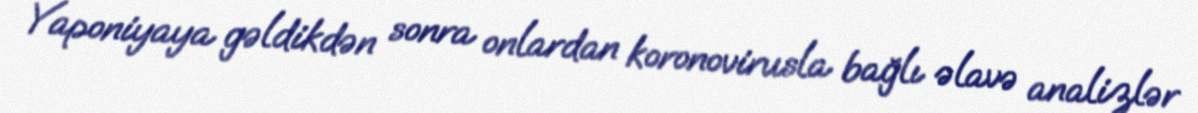
Yaponiyaya gəldikdən sonra onlardan koronovirusla bağlı əlavə analizlər